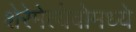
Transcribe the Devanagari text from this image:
शेरेमेत्येवोमध्ये